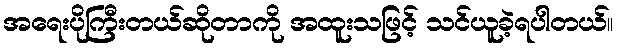
အရေးပိုကြီးတယ်ဆိုတာကို အထူးသဖြင့် သင်ယူခဲ့ရပါတယ်။